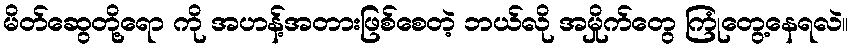
မိတ်ဆွေတို့ရော ကို အဟန့်အတားဖြစ်စေတဲ့ ဘယ်လို အမှိုက်တွေ ကြုံတွေ့နေရလဲ။